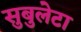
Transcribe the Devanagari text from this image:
सुबुलेटा